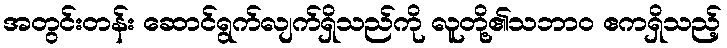
အတွင်းတန်း ဆောင်ရွက်လျက်ရှိသည်ကို လူတို့၏သဘာဝ ဧကရှိသည့်